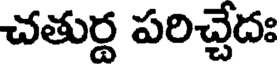
చతుర్థ పరిచ్చేదః